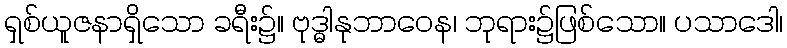
ရှစ်ယူဇနာရှိသော ခရီး၌။ ဗုဒ္ဓါနုဘာဝေန၊ ဘုရား၌ဖြစ်သော။ ပသာဒေါ၊